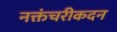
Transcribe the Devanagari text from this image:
नक्तंचरीकदन